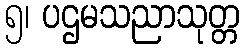
၅၊ ပဌမသညာသုတ္တ